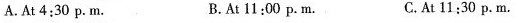
A.At 4:30 p.M. B.At 11:00 p.M. C.At 11:30 p.M.